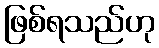
ဖြစ်ရသည်ဟု